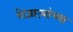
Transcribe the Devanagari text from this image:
शेजाऱ्यांच्या